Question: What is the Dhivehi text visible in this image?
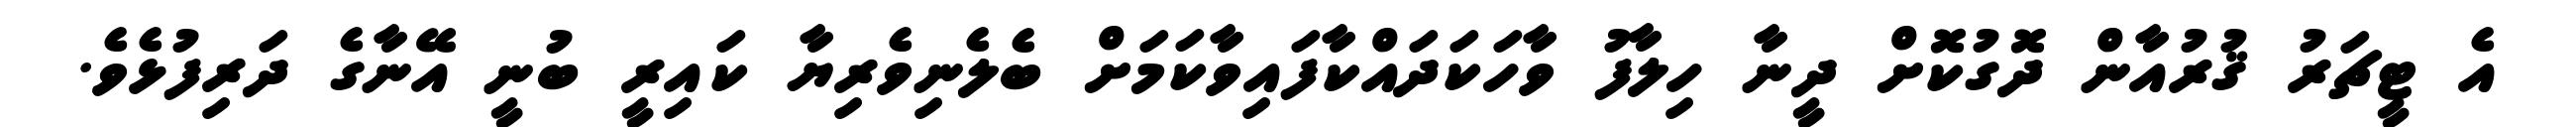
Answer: އެ ޓީޗަރު ޤުރުއާން ދޮގުކޮށް ދީނާ ހިލާފު ވާހަކަދައްކާފައިވާކަމަށް ބެލެނިވެރިޔާ ކައިރީ ބުނީ އޭނާގެ ދަރިފުޅެވެ.